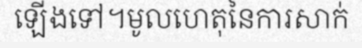
ឡើងទៅ។មូលហេតុនៃការសាក់